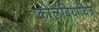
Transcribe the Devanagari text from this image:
कोलंबियाचित्र